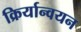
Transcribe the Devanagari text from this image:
क्रिर्यान्वयन